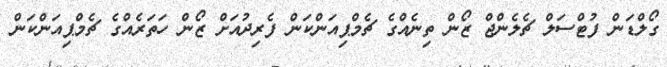
ގޯލްޑަން ފުޓްސަލް ޗެލެންޖް ޒޯން ތިނެއްގެ ޗެމްޕިއަންކަން ފެރިދުއަށް ޒޯން ހަތަރެއްގެ ޗެމްޕިއަންކަން